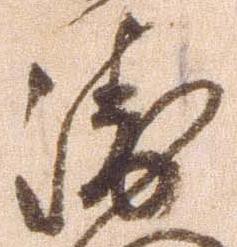
衛